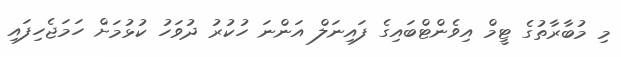
މި މުބާރާތުގެ ޓީމް އިވެންޓްބައިގެ ފައިނަލް އަންނަ ހުކުރު ދުވަހު ކުޅުމަށް ހަމަޖެހިފައި